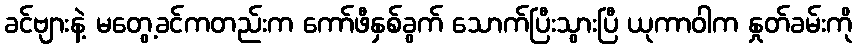
ခင်ဗျားနဲ့ မတွေ့ခင်ကတည်းက ကော်ဖီနှစ်ခွက် သောက်ပြီးသွားပြီ ယုကာဝါက နှုတ်ခမ်းကို